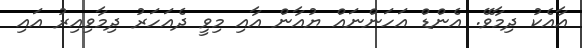
އާއެކު ދިމާވޭ. އެންޑް އަހަންނައް ޔުއާން އާއި މިވީ ދެއަހަރު ދިމާވިއިރު އައި